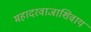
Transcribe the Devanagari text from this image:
महादरवाजाशिवाय